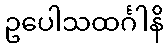
ဥပေါသထင်္ဂါနိ